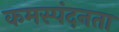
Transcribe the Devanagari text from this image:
कमस्पंदनता